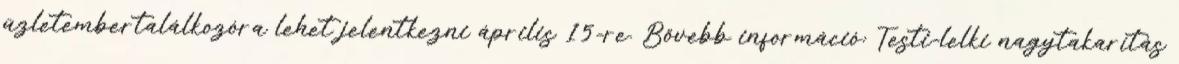
üzletembertalálkozóra lehet jelentkezni április 15-re. Bővebb információ: Testi-lelki nagytakarítás